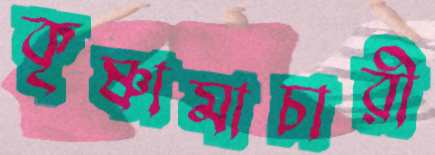
কৃষ্ণামাচারী